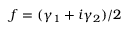
f = ( \gamma _ { 1 } + i \gamma _ { 2 } ) / 2